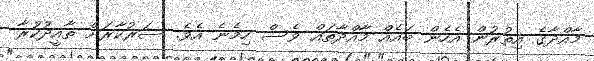
މާއްދާގެ އިތުރުން އެހެން ބައެއް މާއްދާތައް ވެސް ހިމެނެ އެވެ. ސަރުކާރަށް ތާއީދުކުރާ